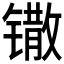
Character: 𫔌